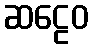
ဆဠေဝ